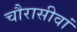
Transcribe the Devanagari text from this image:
चौरासीवां